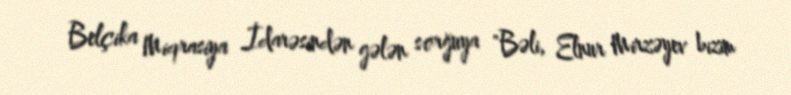
Belçika Miqrasiya İdarəsindən gələn sorğuya "Bəli, Elnur Mirzəyev bizim